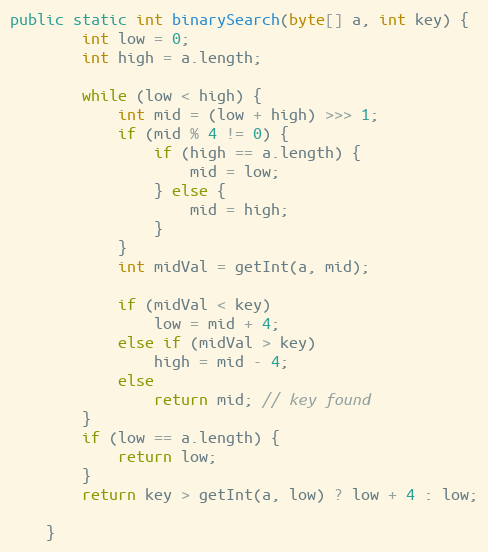
Language: Java
public static int binarySearch(byte[] a, int key) {
        int low = 0;
        int high = a.length;

        while (low < high) {
            int mid = (low + high) >>> 1;
            if (mid % 4 != 0) {
                if (high == a.length) {
                    mid = low;
                } else {
                    mid = high;
                }
            }
            int midVal = getInt(a, mid);

            if (midVal < key)
                low = mid + 4;
            else if (midVal > key)
                high = mid - 4;
            else
                return mid; // key found
        }
        if (low == a.length) {
            return low;
        }
        return key > getInt(a, low) ? low + 4 : low;

    }